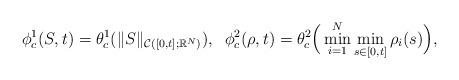
LaTeX: \begin{align*}\phi_c^1(S,t)=\theta^1_c(\|S\|_{\mathcal C([0,t]; \mathbb R^N)}), \;\;\phi_c^2(\rho,t)=\theta^2_c\Big(\min_{i=1}^N \min_{s\in [0,t]}\rho_i(s)\Big),\end{align*}